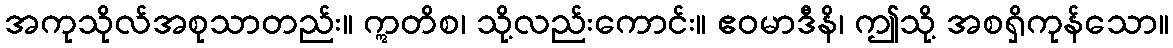
အကုသိုလ်အစုသာတည်း။ ဣတိစ၊ သို့လည်းကောင်း။ ဧဝမာဒီနိ၊ ဤသို့ အစရှိကုန်သော။